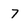
Character: 7